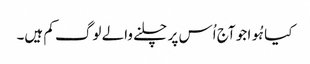
کیا ہُوا جو آج اُس پر چلنے والے لوگ کم ہیں۔